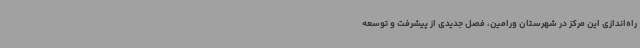
راه‌اندازی این مرکز در شهرستان ورامین، فصل جدیدی از پیشرفت و توسعه